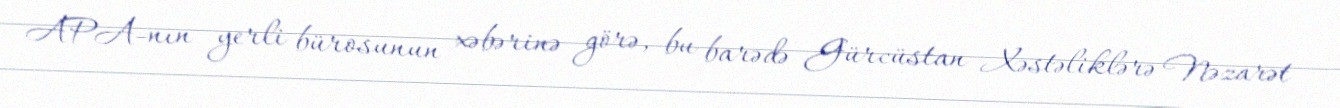
APA-nın yerli bürosunun xəbərinə görə, bu barədə Gürcüstan Xəstəliklərə Nəzarət